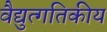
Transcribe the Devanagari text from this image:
वैद्युत्गतिकीय